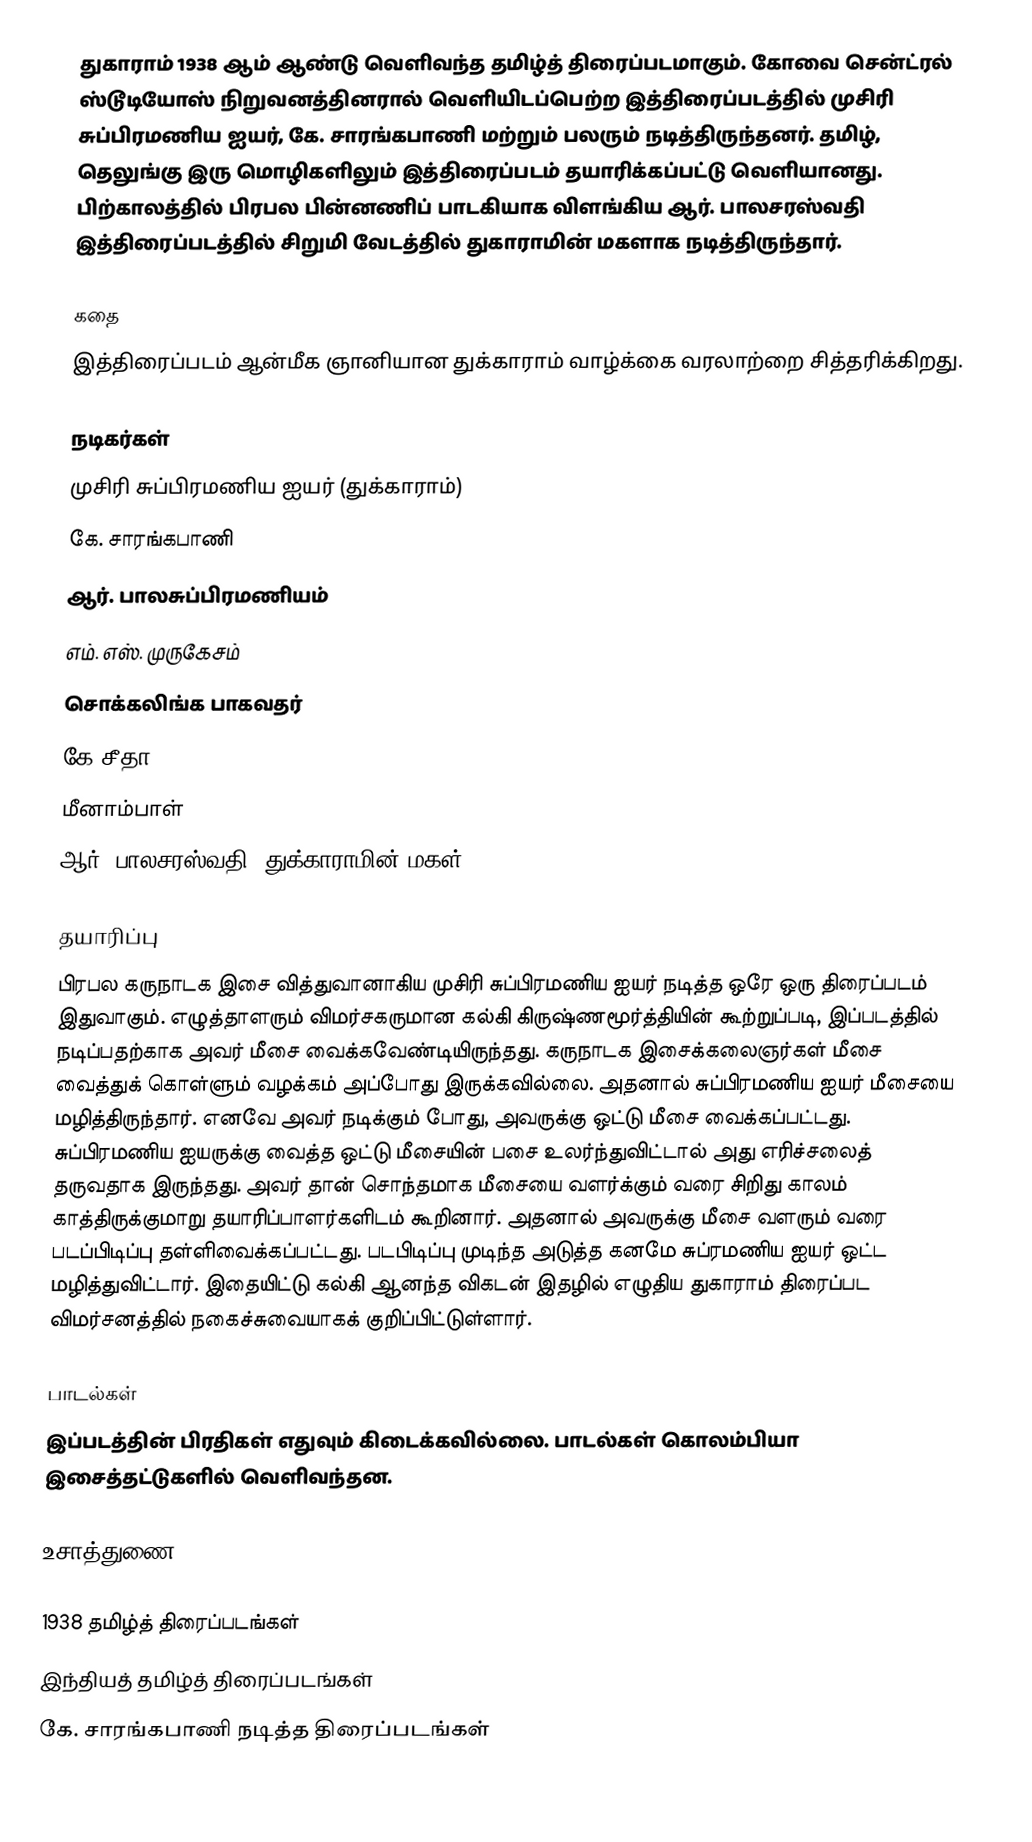
துகாராம் 1938 ஆம் ஆண்டு வெளிவந்த தமிழ்த் திரைப்படமாகும். கோவை சென்ட்ரல் ஸ்டூடியோஸ் நிறுவனத்தினரால் வெளியிடப்பெற்ற இத்திரைப்படத்தில் முசிரி சுப்பிரமணிய ஐயர், கே. சாரங்கபாணி மற்றும் பலரும் நடித்திருந்தனர். தமிழ், தெலுங்கு இரு மொழிகளிலும் இத்திரைப்படம் தயாரிக்கப்பட்டு வெளியானது. பிற்காலத்தில் பிரபல பின்னணிப் பாடகியாக விளங்கிய ஆர். பாலசரஸ்வதி இத்திரைப்படத்தில் சிறுமி வேடத்தில் துகாராமின் மகளாக நடித்திருந்தார்.

கதை
இத்திரைப்படம் ஆன்மீக ஞானியான துக்காராம் வாழ்க்கை வரலாற்றை சித்தரிக்கிறது.

நடிகர்கள்
முசிரி சுப்பிரமணிய ஐயர் (துக்காராம்)
கே. சாரங்கபாணி
ஆர். பாலசுப்பிரமணியம்
எம். எஸ். முருகேசம்
சொக்கலிங்க பாகவதர்
கே சீதா
மீனாம்பாள்
ஆர். பாலசரஸ்வதி (துக்காராமின் மகள்)

தயாரிப்பு
பிரபல கருநாடக இசை வித்துவானாகிய முசிரி சுப்பிரமணிய ஐயர் நடித்த ஒரே ஒரு திரைப்படம் இதுவாகும். எழுத்தாளரும் விமர்சகருமான கல்கி கிருஷ்ணமூர்த்தியின் கூற்றுப்படி, இப்படத்தில் நடிப்பதற்காக அவர் மீசை வைக்கவேண்டியிருந்தது. கருநாடக இசைக்கலைஞர்கள் மீசை வைத்துக் கொள்ளும் வழக்கம் அப்போது இருக்கவில்லை. அதனால் சுப்பிரமணிய ஐயர் மீசையை மழித்திருந்தார். எனவே அவர் நடிக்கும் போது, அவருக்கு ஒட்டு மீசை வைக்கப்பட்டது.   சுப்பிரமணிய ஐயருக்கு வைத்த ஒட்டு மீசையின் பசை உலர்ந்துவிட்டால் அது எரிச்சலைத் தருவதாக இருந்தது. அவர் தான் சொந்தமாக மீசையை வளர்க்கும் வரை சிறிது காலம் காத்திருக்குமாறு தயாரிப்பாளர்களிடம் கூறினார். அதனால் அவருக்கு மீசை வளரும் வரை படப்பிடிப்பு தள்ளிவைக்கப்பட்டது. படபிடிப்பு முடிந்த அடுத்த கனமே சுப்ரமணிய ஐயர் ஒட்ட மழித்துவிட்டார்.  இதையிட்டு கல்கி ஆனந்த விகடன் இதழில் எழுதிய துகாராம் திரைப்பட விமர்சனத்தில் நகைச்சுவையாகக் குறிப்பிட்டுள்ளார்.

பாடல்கள்
இப்படத்தின் பிரதிகள் எதுவும் கிடைக்கவில்லை. பாடல்கள் கொலம்பியா இசைத்தட்டுகளில் வெளிவந்தன.

உசாத்துணை

1938 தமிழ்த் திரைப்படங்கள்
இந்தியத் தமிழ்த் திரைப்படங்கள்
கே. சாரங்கபாணி நடித்த திரைப்படங்கள்